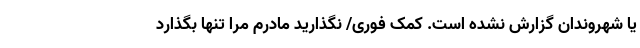
یا شهروندان گزارش نشده است. کمک فوری/ نگذارید مادرم مرا تنها بگذارد